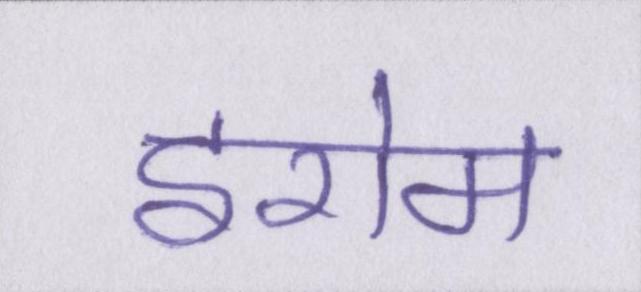
इरोम